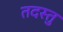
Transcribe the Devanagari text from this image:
तदस्तु